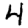
Digit: 4